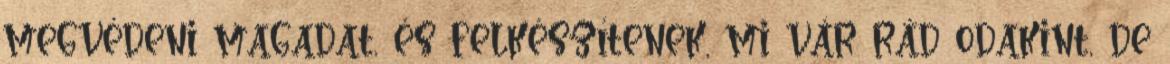
megvédeni magadat, és felkészítenek, mi vár rád odakint, de